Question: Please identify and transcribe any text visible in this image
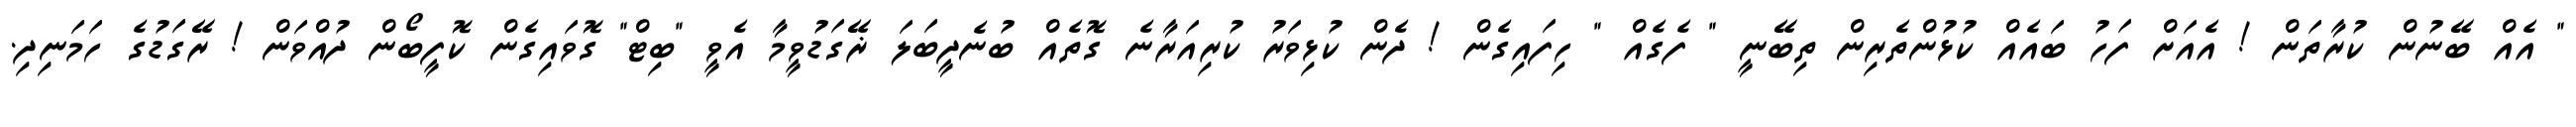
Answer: " އެއް ބޭނުން ކުރާތަން ! އެއަށް ފަހު ބައެއް ކުޅުންތެރިން ތިބޭނީ " ފެގެއް " ހިފައިގެން ! ދެން ކުޅިވަރު ކުރިއަރާނެ ގޮތެއް ބުނެދީބަލަ ޜޭގަޑުވީމާ އެވީ "ބިޓް" ގޮވައިގެން ކޮފީބޯން ދުއްވަން ! ރޭގަޑުގެ ހަމަނިދި.